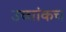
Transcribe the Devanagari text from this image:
उच्चांकच